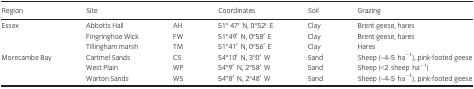
| Region | <COLSPAN=2> Site | Coordinates | Soil | Grazing |
 | --- | --- | --- | --- | --- | --- |
 | <ROWSPAN=3> Essex | Abbotts Hall | AH | 51° 47′ N, 0°52′ E | Clay | Brent geese, hares |
 | Fingringhoe Wick | FW | 51°49′ N, 0°58′ E | Clay | Brent geese, hares |
 | Tillingham marsh | TM | 51°41′ N, 0°56′ E | Clay | Hares |
 | <ROWSPAN=3> Morecambe Bay | Cartmel Sands | CS | 54°10′ N, 3°0′ W | Sand | Sheep (~4–5 ha−1), pink‐footed geese |
 | West Plain | WP | 54°9′ N, 2°58′ W | Sand | Sheep (<2 sheep ha−1) |
 | Warton Sands | WS | 54°8′ N, 2°48′ W | Sand | Sheep (~4–5 ha−1), pink‐footed geese |